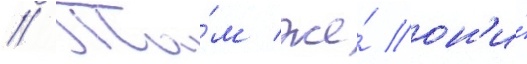
// Та́м же́ он'и́